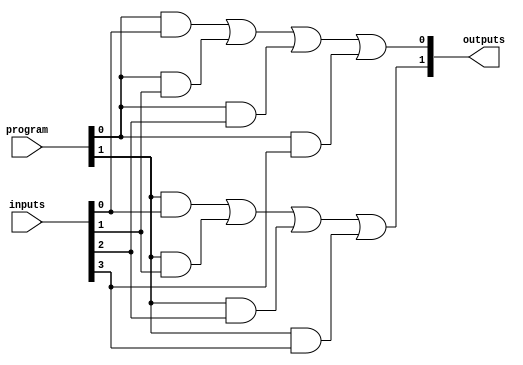
module jewel_pal #(
    parameter NUM_INPUTS = 4,  // Number of inputs (A, B, C, ..., N)
    parameter NUM_OUTPUTS = 2, // Number of outputs (Y1, Y2, ..., Ym)
    parameter MAX_AND_INPUTS = 4 // Maximum inputs for each AND gate
)(
    input wire [NUM_INPUTS-1:0] inputs, // Input signals
    input wire [NUM_OUTPUTS-1:0] program, // Programming signals for AND gates
    output wire [NUM_OUTPUTS-1:0] outputs // Output signals
);

// Internal signals for AND gate outputs
wire [NUM_OUTPUTS-1:0] and_outputs [0:NUM_OUTPUTS-1];

// Programmable AND array
genvar i, j;
generate
    for (i = 0; i < NUM_OUTPUTS; i = i + 1) begin : and_array
        // Each AND gate can be programmed to connect to specific inputs
        assign and_outputs[i] = (program[i] & inputs[0]) |
                                 (program[i] & inputs[1]) |
                                 (program[i] & inputs[2]) |
                                 (program[i] & inputs[3]);
    end
endgenerate

// Fixed OR array
generate
    for (j = 0; j < NUM_OUTPUTS; j = j + 1) begin : or_array
        assign outputs[j] = and_outputs[j]; // Directly connect AND outputs to OR outputs
    end
endgenerate

endmodule